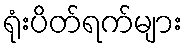
ရုံးပိတ်ရက်များ